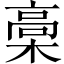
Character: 槀